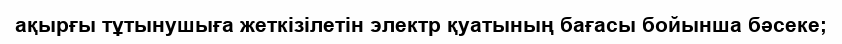
ақырғы тұтынушыға жеткiзiлетiн электр қуатының бағасы бойынша бәсеке;